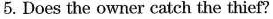
5. Does the owner catch the thief?